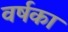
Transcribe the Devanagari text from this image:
वर्षका